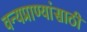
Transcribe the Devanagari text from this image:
वन्यप्राण्यांसाठी